Code of medical and sanitary regulations for the guidance of medical officers serving in the Madras Presidency - Volume I
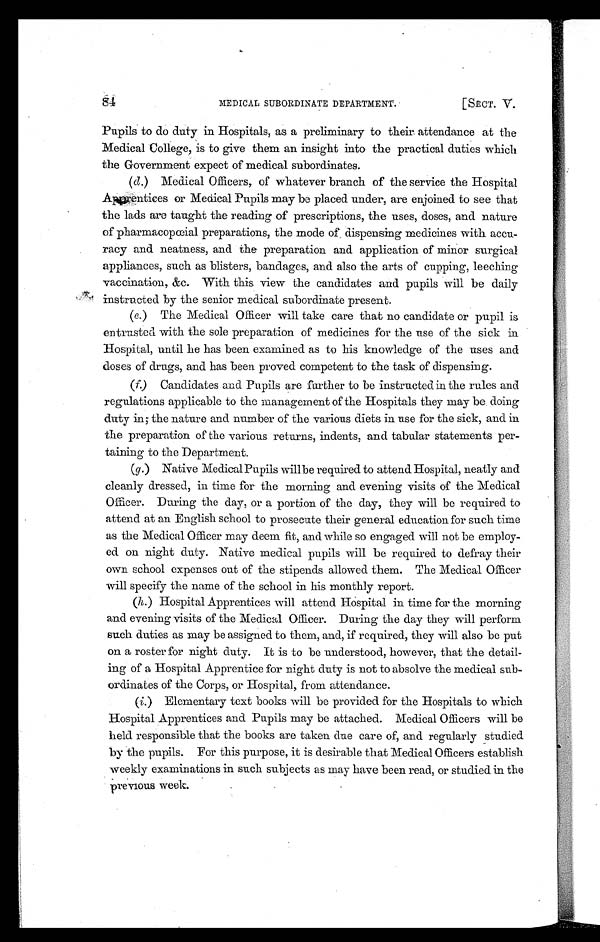
MEDICAL SUBORDINATE DEPARTMENT.
[ SECT. V.
Pupils to do duty in Hospitals, as a preliminary to their attendance at the
Medical College, is to give them an insight into the practical duties which
the Government expect of medical subordinates.
(d.) Medical Officers, of whatever branch of the service the Hospital
Apprentices or Medical Pupils may be placed under, are enjoined to see that
the lads are taught the reading of prescriptions, the uses, doses, and nature
of pharmacopœial preparations, the mode of dispensing medicines with accu-
racy and neatness, and the preparation and application of minor surgical
appliances, such as blisters, bandages, and also the arts of cupping, leeching
vaccination, &c. With this view the candidates and pupils will be daily
instructed by the senior medical subordinate present.
(e.) The Medical Officer will take care that no candidate or pupil is
entrusted with the sole preparation of medicines for the use of the sick in
Hospital, until he has been examined as to his knowledge of the uses and
doses of drugs, and has been proved competent to the task of dispensing.
(f.) Candidates and Pupils are further to be instructed in the rules and
regulations applicable to the management of the Hospitals they may be doing
duty in; the nature and number of the various diets in use for the sick, and in
the preparation of the various returns, indents, and tabular statements per-
taining to the Department.
(g.) Native Medical Pupils will be required to attend Hospital, neatly and
cleanly dressed, in time for the morning and evening visits of the Medical
Officer. During the day, or a portion of the day, they will be required to
attend at an English school to prosecute their general education for such time
as the Medical Officer may deem fit, and while so engaged will not be employ-
ed on night duty. Native medical pupils will be required to defray their
own school expenses out of the stipends allowed them. The Medical Officer
will specify the name of the school in his monthly report.
( h.) Hospital Apprentices will attend Hospital in time for the morning
and evening visits of the Medical Officer. During the day they will perform
such duties as may be assigned to them, and, if required, they will also be put
on a roster for night duty. It is to be understood, however, that the detail-
ing of a Hospital Apprentice for night duty is not to absolve the medical sub-
ordinates of the Corps, or Hospital, from attendance.
(i.) Elementary text books will be provided for the Hospitals to which
Hospital Apprentices and Pupils may be attached. Medical Officers will be
held responsible that the books are taken due care of, and regularly studied
by the pupils. For this purpose, it is desirable that Medical Officers establish
weekly examinations in such subjects as may have been read, or studied in the
previous week.